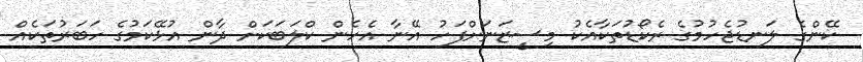
ކޭންގެ ލަނޑުޖެހުމުގެ ރެކޯޑުތަކާއެކު މިސީޒަނަށްފަހު އޭނާ އެހެން ކްލަބަކަށް ދާން އުޅޭކަމުގެ ހަބަރުތަކެއް